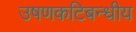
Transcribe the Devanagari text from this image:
उषणकटिबन्धीय